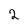
Character: 2